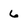
Character: 6